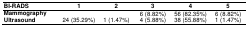
| BI-RADS | 1 | 2 | 3 | 4 | 5 |
 | --- | --- | --- | --- | --- | --- |
 | Mammography |  |  | 6 (8.82%) | 56 (82.35%) | 6 (8.82%) |
 | Ultrasound | 24 (35.29%) | 1 (1.47%) | 4 (5.88%) | 38 (55.88%) | 1 (1.47%) |